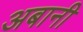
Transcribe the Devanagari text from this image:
अबानी